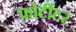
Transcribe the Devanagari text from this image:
फोर्टीटर